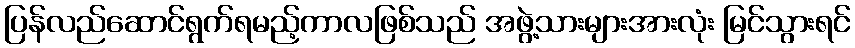
ပြန်လည်ဆောင်ရွက်ရမည့်ကာလဖြစ်သည် အဖွဲ့သားများအားလုံး မြင်သွားရင်